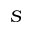
S